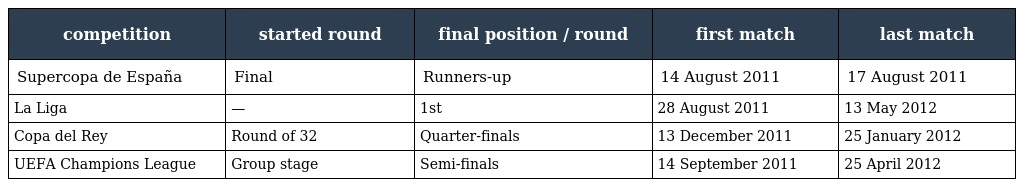
| competition | started round | final position / round | first match | last match |
 | --- | --- | --- | --- | --- |
 | Supercopa de España | Final | Runners-up | 14 August 2011 | 17 August 2011 |
 | La Liga | — | 1st | 28 August 2011 | 13 May 2012 |
 | Copa del Rey | Round of 32 | Quarter-finals | 13 December 2011 | 25 January 2012 |
 | UEFA Champions League | Group stage | Semi-finals | 14 September 2011 | 25 April 2012 |